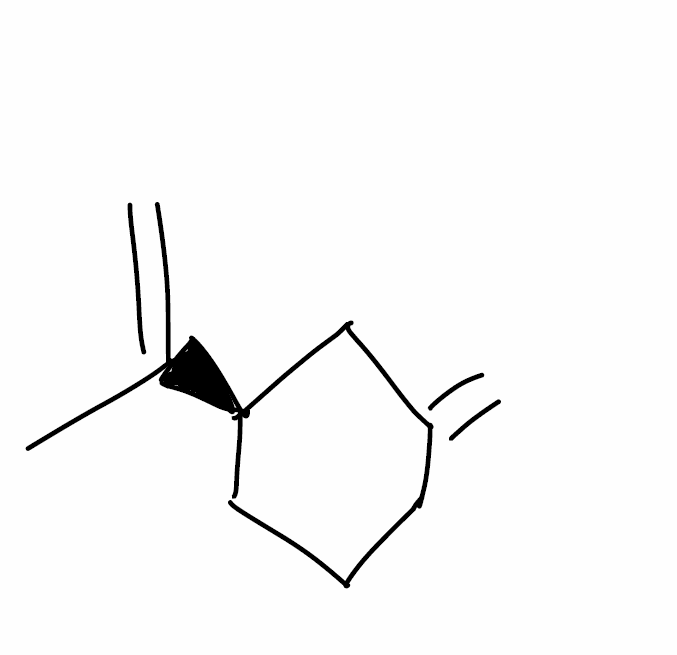
Simplified molecular-input line-entry system (SMILES) notation of the given molecule:
CC(=C)[C@@H]1CCCC(=C)C1